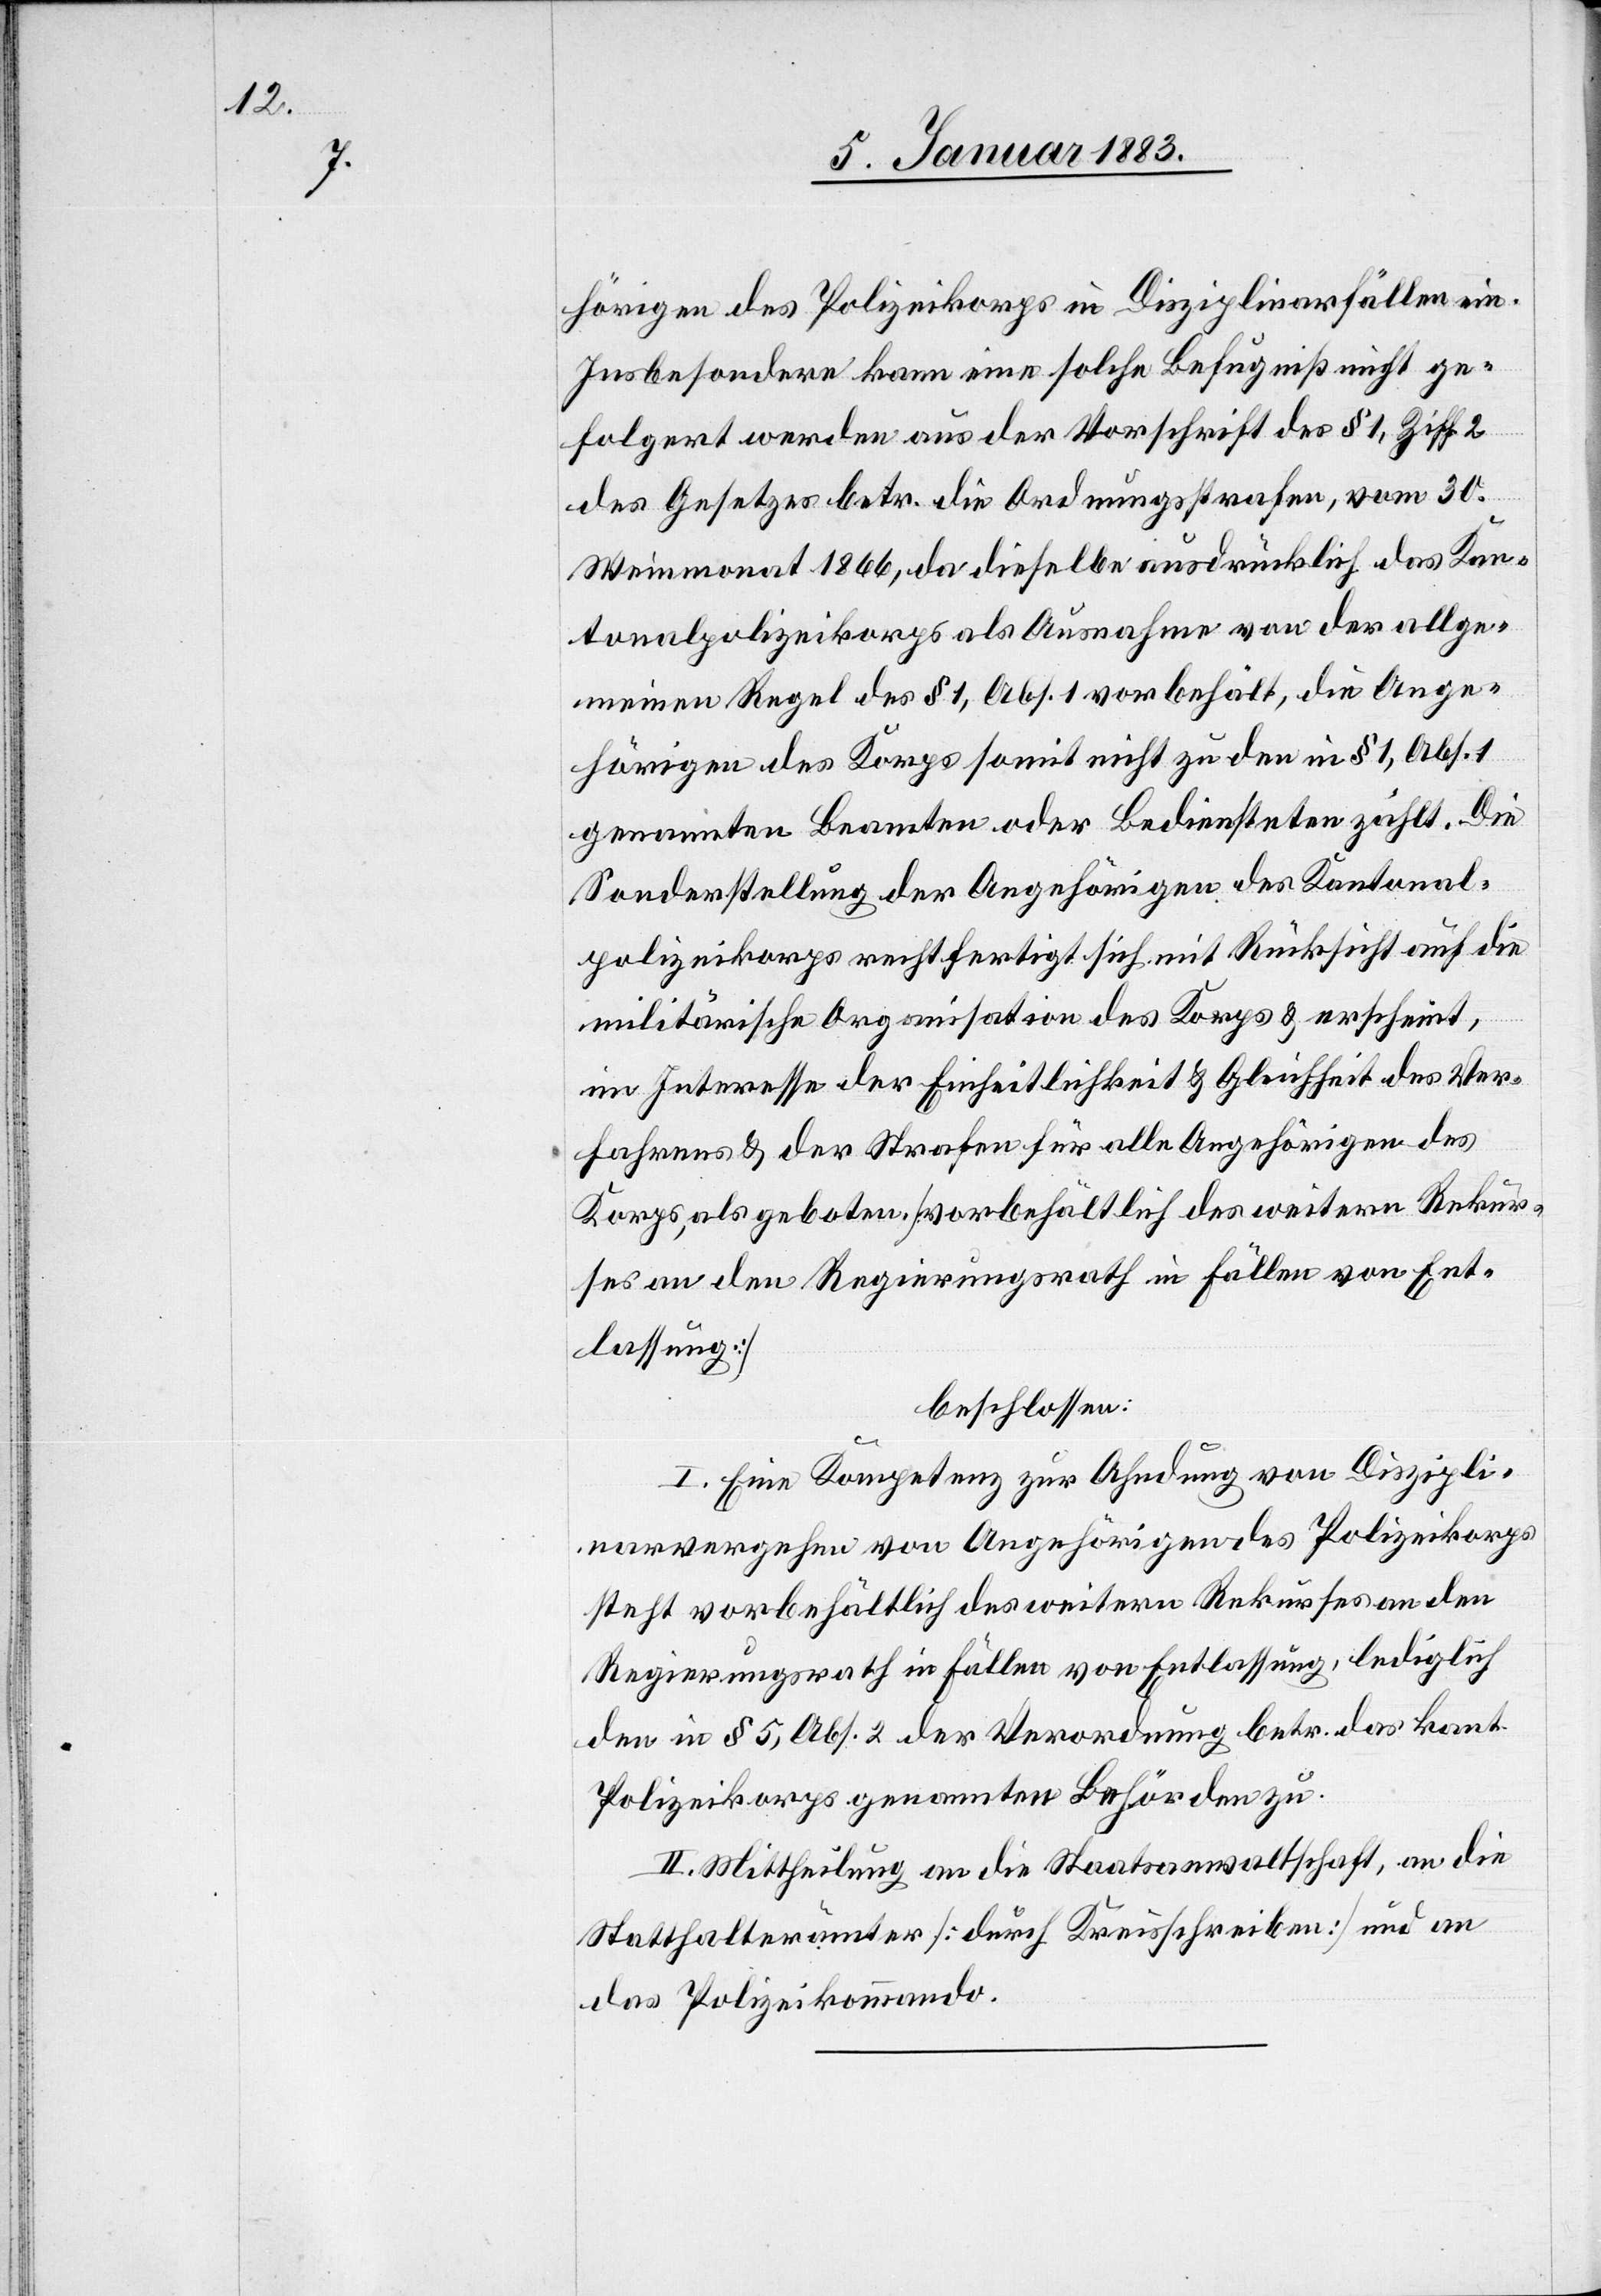
hörigen des Polizeikorps in Disziplinarfällen ein.
Insbesondere kann eine solche Befugniß nicht ge¬
folgert werden aus der Vorschrift des § 1, Ziff. 2
des Gesetzes betr. die Ordnungsstrafen, vom 30.
Weinmonat 1866, da dieselbe ausdrücklich das Kan¬
tonalpolizeikorps als Ausnahme von der allge¬
meinen Regel des § 1, Abs. 1 vorbehält, die Ange¬
hörigen des Korps somit nicht zu den in § 1, Abs. 1
genannten Beamten oder Bediensteten zählt. Die
Sonderstellung der Angehörigen des Kantonal¬
polizeikorps rechtfertigt sich mit Rücksicht auf die
militärische Organisation des Korps & erscheint,
im Interesse der Einheitlichkeit & Gleichheit des Ver¬
fahrens & der Strafen für alle Angehörigen des
Korps, als geboten [vorbehältlich des weitern Rekur¬
ses an den Regierungsrath in Fällen von Ent¬
lassung]
beschlossen:
I. Eine Kompetenz zur Ahndung von Diszipli¬
narvergehen von Angehörigen des Polizeikorps
steht vorbehältlich des weitern Rekurses an den
Regierungsrath in Fällen von Entlassung, lediglich
den in § 5, Abs. 2 der Verordnung betr. das kant.
Polizeikorps genannten Behörden zu.
II. Mittheilung an die Staatsanwaltschaft, an die
Statthalterämter [durch Kreisschreiben] und an
das Polizeikommando.